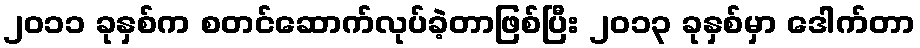
၂၀၁၁ ခုနှစ်က စတင်ဆောက်လုပ်ခဲ့တာဖြစ်ပြီး ၂၀၁၃ ခုနှစ်မှာ ဒေါက်တာ